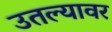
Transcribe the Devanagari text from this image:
उतल्यावर